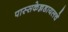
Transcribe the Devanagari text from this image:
पास्सकेन्नडायलचे